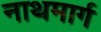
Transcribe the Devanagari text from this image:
नाथमार्ग